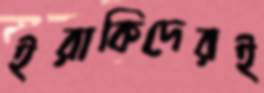
ইরাকিদেরই